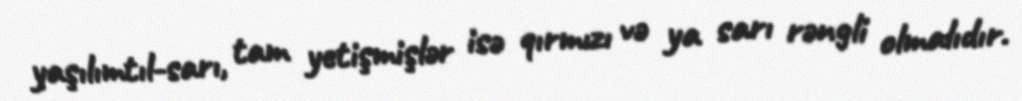
yaşılımtıl-sarı, tam yetişmişlər isə qırmızı və ya sarı rəngli olmalıdır.